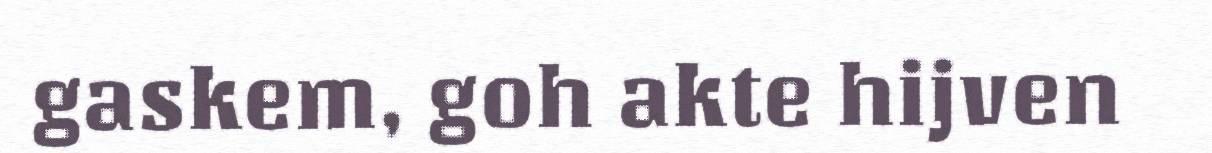
gaskem, goh akte hijven